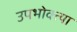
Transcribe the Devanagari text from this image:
उपभोक्त्या